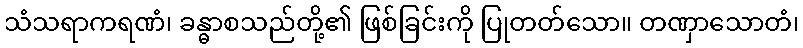
သံသရာကရဏံ၊ ခန္ဓာစသည်တို့၏ ဖြစ်ခြင်းကို ပြုတတ်သော။ တဏှာသောတံ၊